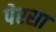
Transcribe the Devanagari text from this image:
पेरसा